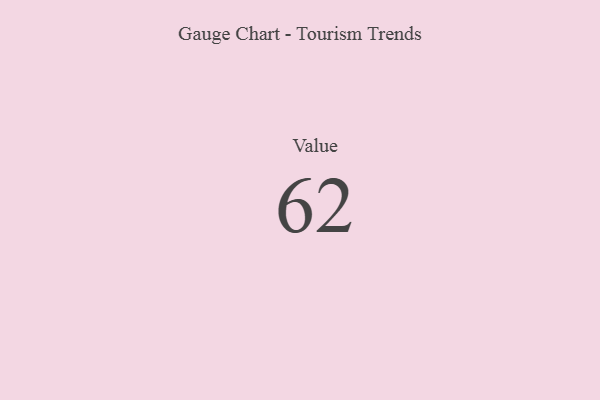
{"axis": {"x": "Metric", "y": "Value"}, "legend": [""], "data": [{"x": "Value", "y": 62, "type": ""}]}